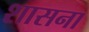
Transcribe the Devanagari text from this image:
शासना